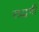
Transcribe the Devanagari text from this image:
सद्धर्मी